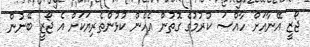
ޖޯޒީ އޭނާއަށް ހާއްސަ ކުރުމުގެ ގޮތުން އެހެން ކުޅުންތެރިޔަކަށް އެ ޖޯޒީ ބޭނުން